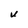
Character: U